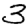
Digit: 3